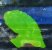
এ